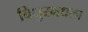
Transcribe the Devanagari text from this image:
विधुरमधला